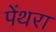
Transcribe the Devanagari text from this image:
पेंथरा